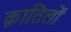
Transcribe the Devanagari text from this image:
क़ातिलों